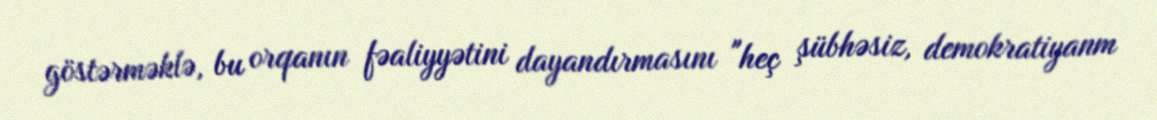
göstərməklə, bu orqanın fəaliyyətini dayandırmasını "heç şübhəsiz, demokratiyanm